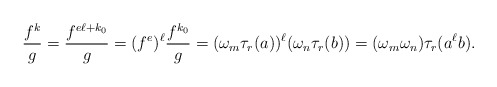
\begin{align*}\frac{f^k}{g} = \frac{f^{e \ell +k_0}}{g} = (f^e)^\ell \frac{f^{k_0}}{g} = (\omega_m \tau_r(a))^\ell (\omega_n \tau_r(b)) = (\omega_m \omega_n) \tau_r(a^\ell b).\end{align*}